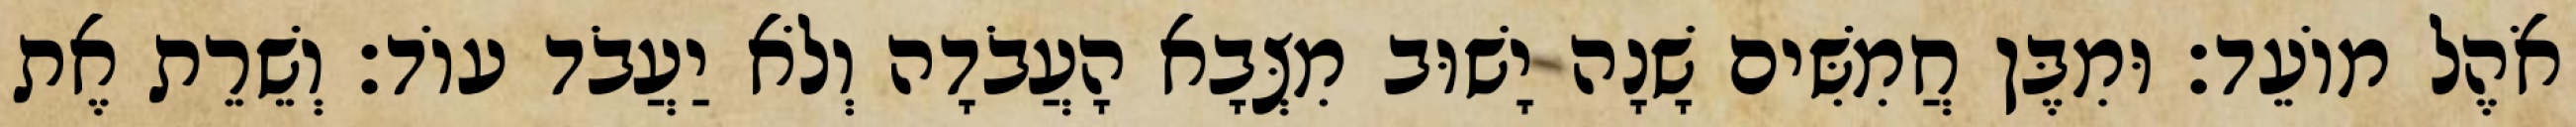
אֹהֶל מוֹעֵד׃ וּמִבֶּן חֲמִשִּׁים שָׁנָה יָשׁוּב מִצְּבָא הָעֲבֹדָה וְלֹא יַעֲבֹד עוֹד׃ וְשֵׁרֵת אֶת